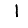
Digit: 1